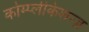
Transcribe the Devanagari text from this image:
कोम्प्लीकेशन्ज़